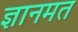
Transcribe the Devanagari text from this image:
ज्ञानमत